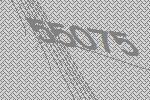
55075